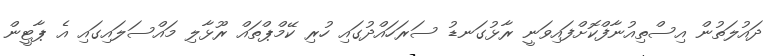
ދައުލަތުން އިސްތިއުނާފްކޮށްފައިވަނީ ރާޅުގަނޑު ސަރަހައްދުގައި ހުރި ކޭމްޕްތައް ރޫޅާލި މައްސަލައިގައި އެ ޕާޓީން